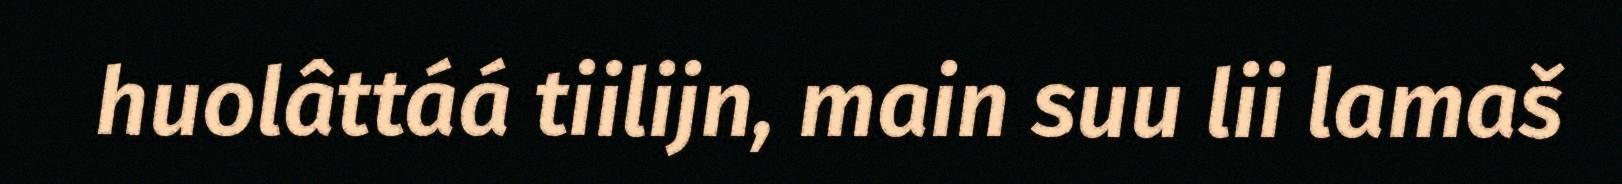
huolâttáá tiilijn, main suu lii lamaš